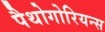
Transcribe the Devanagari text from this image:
पैथोगोरियन्स